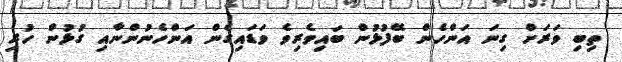
ތިބި ވަރަށް ގިނަ އަންހެން ބޭފުޅުން ބައިވެރިވެ ވަޑައިގެން އަންހެނުންނާއި ގުޅުން ހުރި